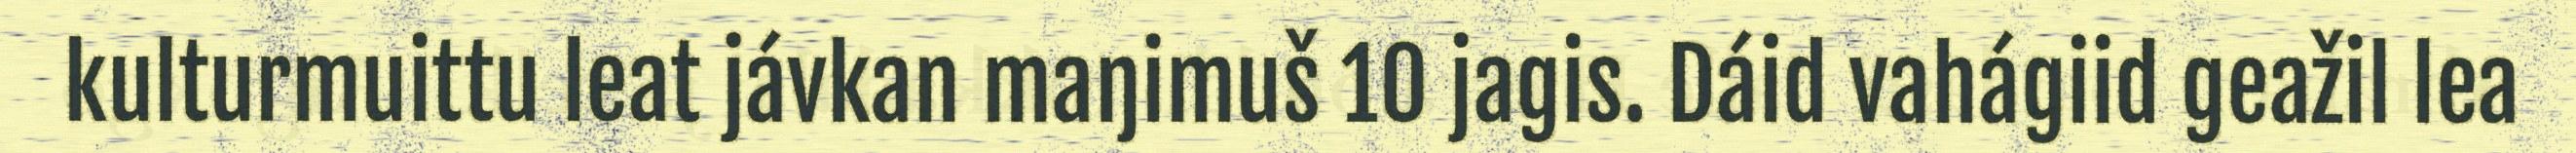
kulturmuittu leat jávkan maŋimuš 10 jagis. Dáid vahágiid geažil lea